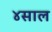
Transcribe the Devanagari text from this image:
४साल